Annual report of the Punjab Veterinary College and of the Civil Veterinary Department, Punjab - 1920-1925
Year: 1920
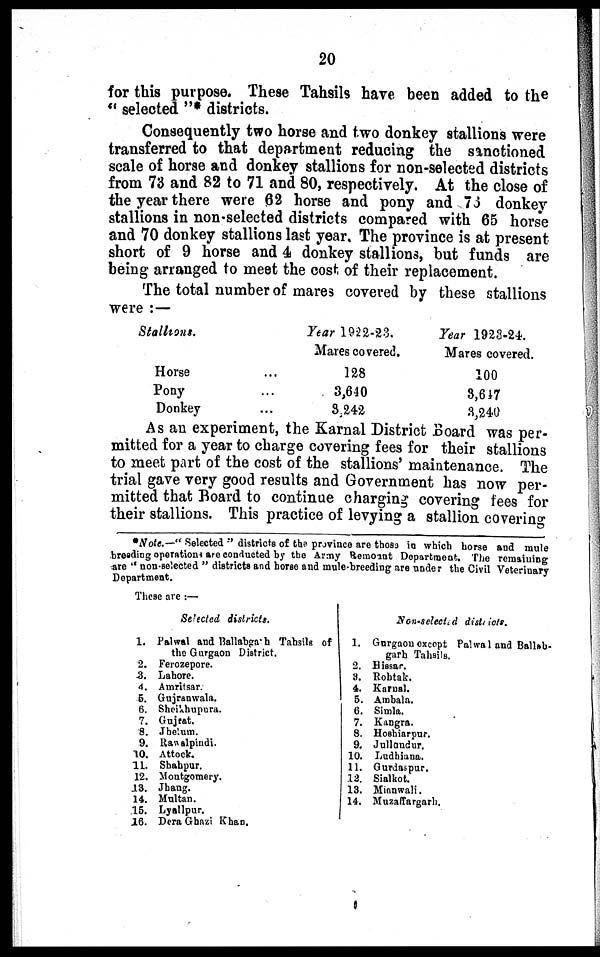
20
for this purpose. These Tahsils have been added to the
"selected"* districts.
Consequently two horse and two donkey stallions were
transferred to that department reducing the sanctioned
scale of horse and donkey stallions for non-selected districts
from 73 and 82 to 71 and 80, respectively. At the close of
the year there were 62 horse and pony and 76 donkey
stallions in non-selected districts compared with 65 horse
and 70 donkey stallions last year. The province is at present
short of 9 horse and 4 donkey stallions, but funds are
being arranged to meet the cost of their replacement.
The total number of mares covered by these stallions
were :—
Stallions.
Horse
Pony
Donkey
Year 1922-23.
Mares covered.
... 128
... 3,640
... 3,242
Year 1923-24.
Mares covered.
100
3,617
3,240
As an experiment, the Karnal District Board was per-
mitted for a year to charge covering fees for their stallions
to meet part of the cost of the stallions' maintenance. The
trial gave very good results and Government has now per-
mitted that Board to continue charging covering fees for
their stallions. This practice of levying a stallion covering
*Note.—"Selected" districts of the province are those in which horse and mule
breeding operations are conducted by the Army Remount Department. The remaining
are "non-selected" districts and horse and mule-breeding are under the Civil Veterinary
Department.
These are :—
1.
2.
3.
4.
5.
6.
7.
8.
9.
10.
11.
12.
13.
14.
15.
16.
Selected districts.
Palwal and Ballabgarh Tahsils of
the Gurgaon District.
Ferozepore.
Lahore.
Amritsar.
Gujranwala.
Sheikhupura.
Gujrat.
Jhelum.
Rawalpindi.
Attock.
Shahpur.
Montgomery.
Jhang.
Multan.
Lyallpur.
Dera Ghazi Khan.
1.
2.
3.
4.
5.
6.
7.
8.
9.
10.
11.
12.
13.
14.
Non-selected districts.
Gurgaon except Palwal and Ballah-
garh Tahsils.
Hissar.
Rohtak.
Karnal.
Ambala.
Simla.
Kangra.
Hoshiarpur.
Jullandur.
Ludhiana.
Gurdaspur.
Sialkot.
Mianwali.
Muzaffargarh.